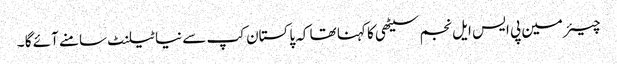
چیئرمین پی ایس ایل نجم سیٹھی کا کہنا تھا کہ پاکستان کپ سے نیا ٹیلنٹ سامنے آئے گا ۔